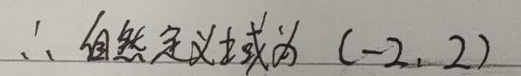
$\therefore $自然定义域为$ (-2,2)$